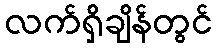
လက်ရှိချိန်တွင်